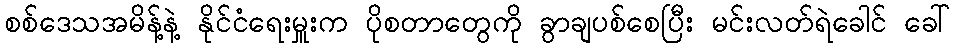
စစ်ဒေသအမိန့်နဲ့ နိုင်ငံရေးမှူးက ပိုစတာတွေကို ခွာချပစ်စေပြီး မင်းလတ်ရဲခေါင် ခေါ်